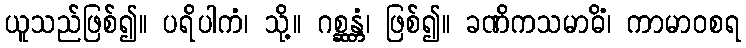
ယူသည်ဖြစ်၍။ ပရိပါကံ၊ သို့။ ဂစ္ဆန္တံ၊ ဖြစ်၍။ ခဏိကသမာဓိံ၊ ကာမာဝစရ